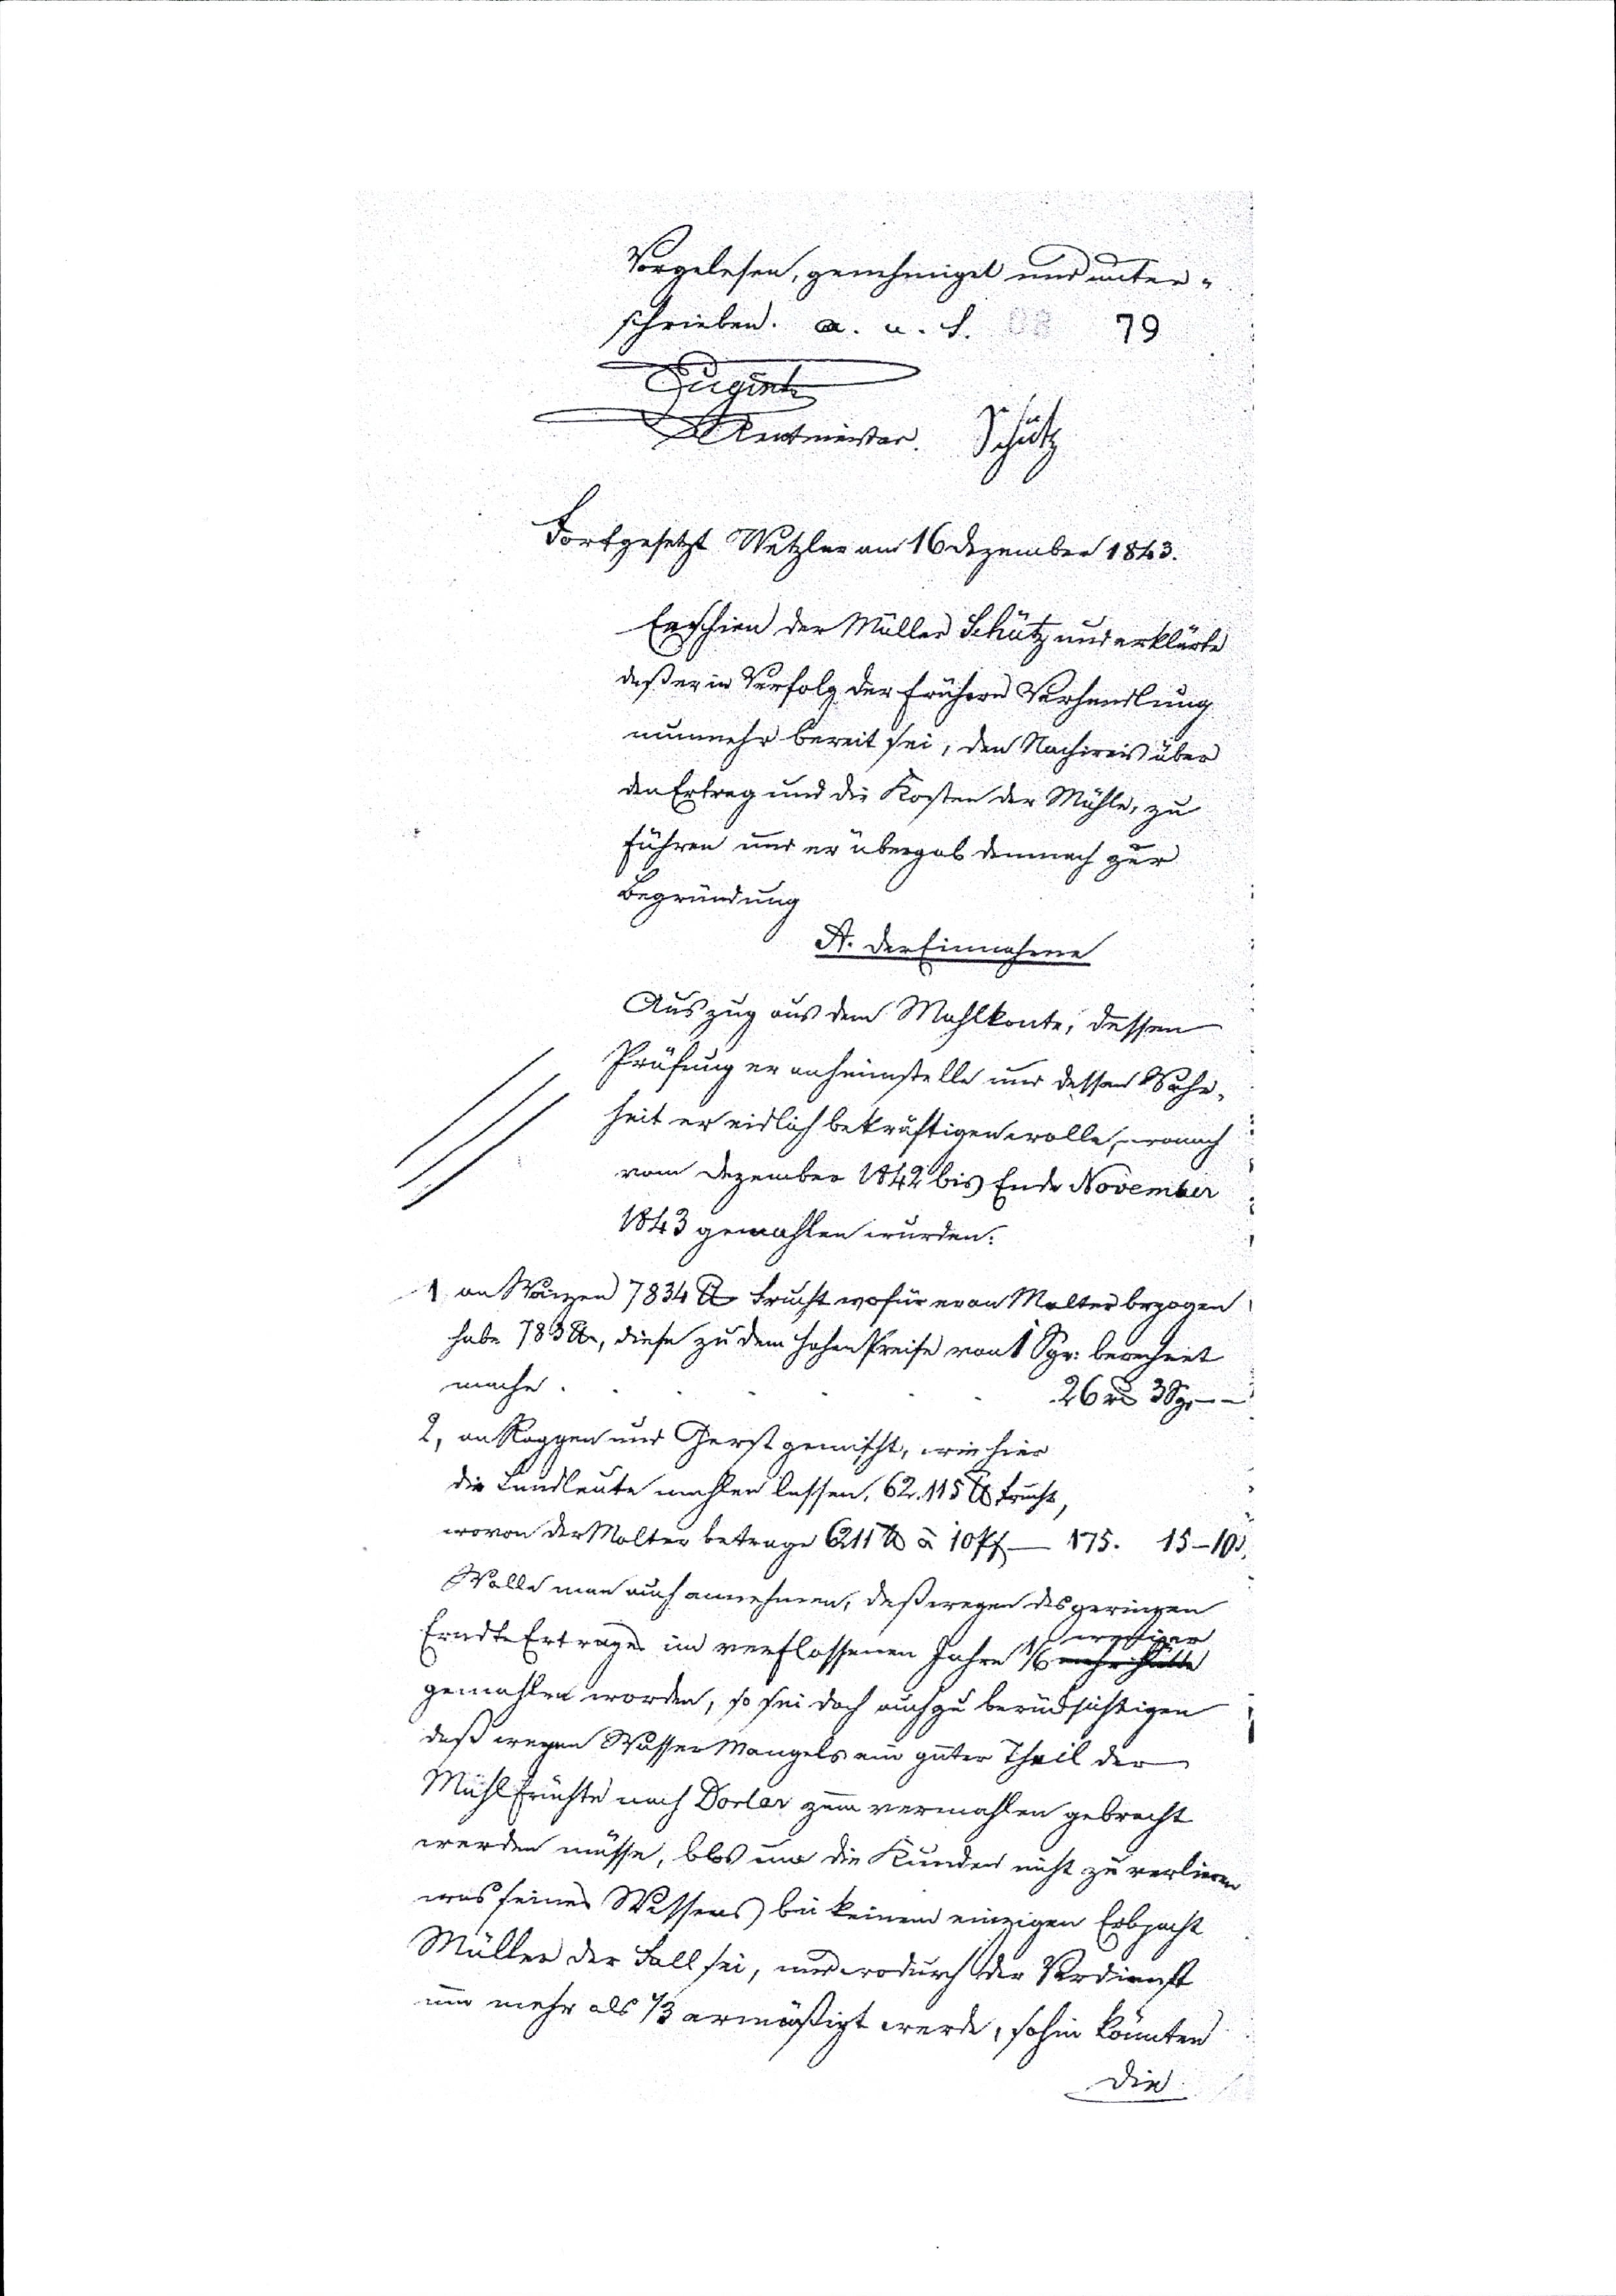
79
Vorgelesen, genehmigt und unter¬
schrieben.  a. n.  f.
Engisch
Rentmeister. Schütz
Fortgesetzt Wetzlar am 16 Dezember 1843.
Erschien der Müller Schütz und erklärt
daß er in Verfolg der frühern Verhandlung
nunmehr bereit sei, den Nachweis über
den Ertrag und die Kosten der Mühle, zu
führen und er übergab demnach zur
Begründung
A. der Einnahme
Auszug aus dem Mühlkonte, dessen
Prüfung er anheimstelle und dessen Wahr¬
heit er eidlich bekräftigen wolle, wonach
vom Dezember 1842 bis Ende November
1843 gemahlen wurden:
1 an Waizen 7834 lb frucht wofür man Malter bezogen
habe 783 lb, diese zu dem hohen Preise von 1 Sgr: berechnet
mache   .    .    .  26 rthl 3 Sgr.
2, an Roggen und Gerst gemischt, von hier
die Landleute umher lassen, 62.115 lb frucht,
wovon der Malter betrage 6211 lb à 10 Pf - 175. 15-10
Wolle man auch annehmen, daß wegen des geringen
ErndteErtrages im verflossenen Jahre 1/6 mehr frucht weniger
gemahlen worden, so sei doch auch zu berücksichtigen
daß wegen Wassermangels ein guter Theil der
Mühlfrüchte nach Dorlar zum vermahlen gebracht
werden müsse, blos um die Kunden nicht zu verlieren
was seines Wissens bei keinem einzigen Erbpacht
Müller der Fall sei, und wodurch der Verdienst
nun mehr als ⅓ ermäßigt werde, sohin könnten
die